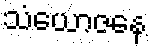
သံယောဇနေ